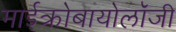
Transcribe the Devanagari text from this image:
माईक्रोबायोलॉजी